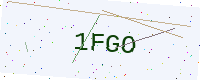
Text: 1FGO